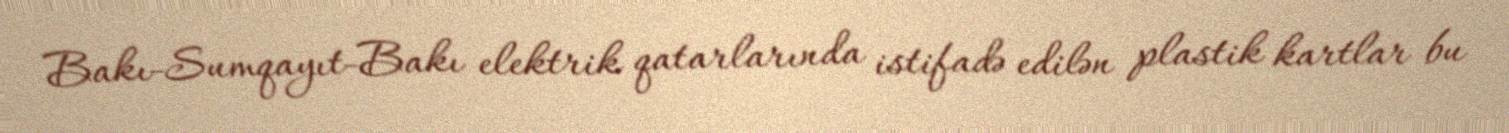
Bakı-Sumqayıt-Bakı elektrik qatarlarında istifadə edilən plastik kartlar bu